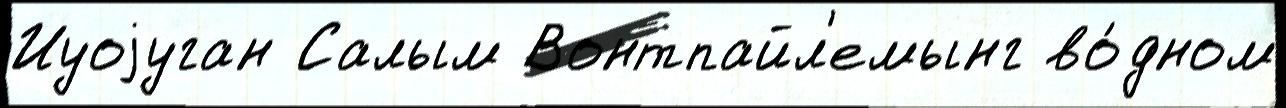
Иуоjуган Салым Вонтпайл'емынг во́дном